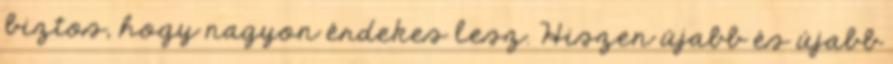
biztos, hogy nagyon érdekes lesz. Hiszen újabb és újabb